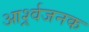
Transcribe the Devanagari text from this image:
आर्श्र्वजनक